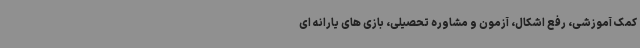
کمک آموزشی، رفع اشکال، آزمون و مشاوره تحصیلی، بازی های یارانه ای